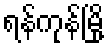
ရန်ကုန်မြို့